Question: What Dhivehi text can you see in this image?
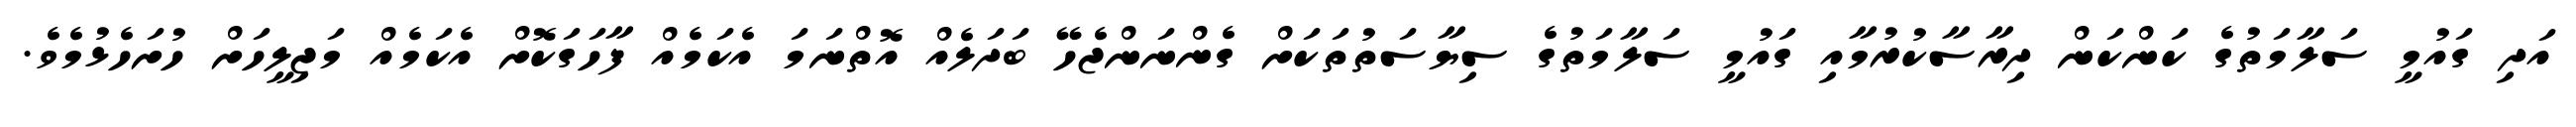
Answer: އަދި ގައުމީ ސަލާމަތުގެ ކަންކަން ދިރާސާކުރުމާއި ގައުމީ ސަލާމަތުގެ ސިޔާސަތުތަކަށް ގެންނަންޖެހޭ ބަދަލެއް އޮތްނަމަ އެކަމެއް ފާހަގަކޮށް އެކަމެއް މަޖިލީހަށް ހުށަހެޅުމެވެ.